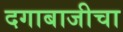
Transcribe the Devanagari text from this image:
दगाबाजीचा